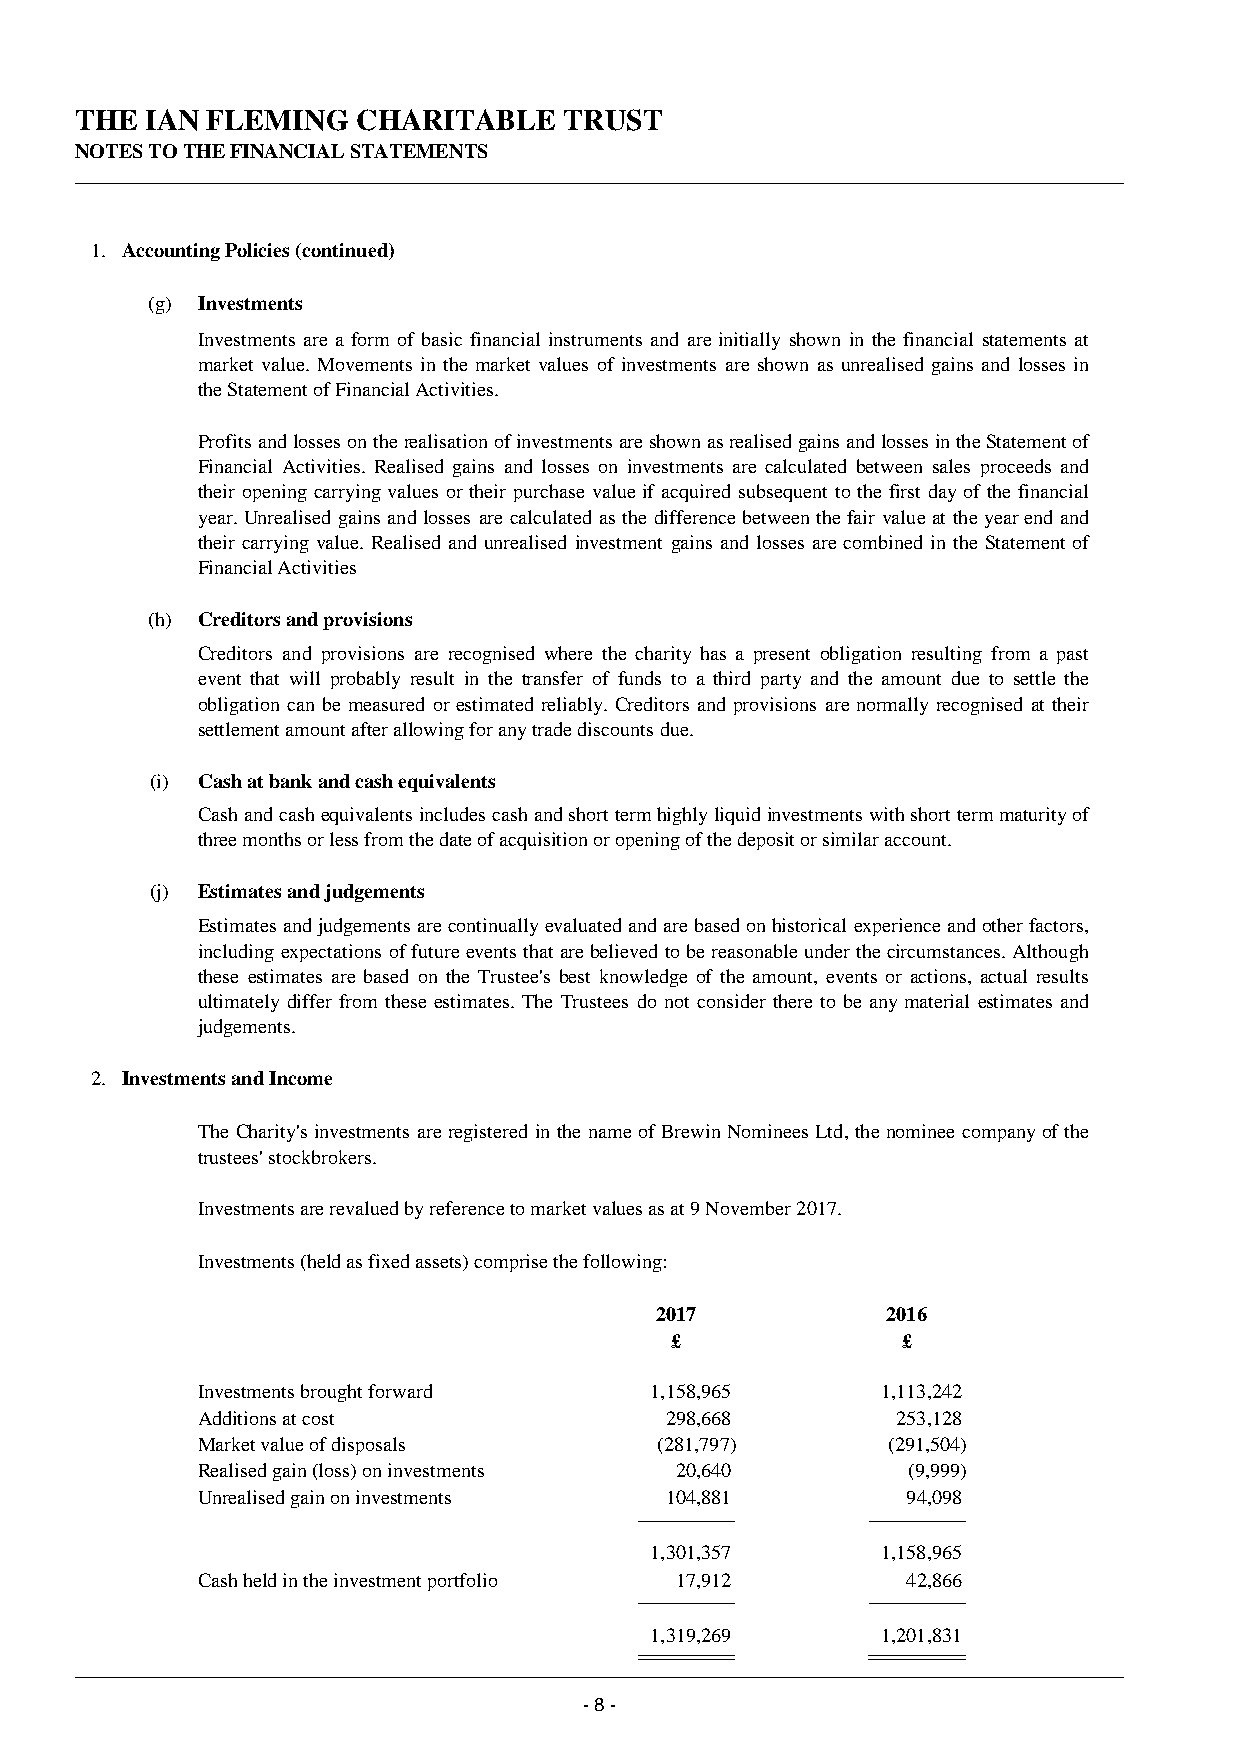
THE  IAN FLEMING   CHARITABLE   TRUST
 NOTES TO THE FINANCIAL STATEMENTS
 1. Accounting Policies (continued)
 (g) Investments
 Investments are a form of basic financial instruments and are initially shown in the financial statements at
 market value. Movements in the market values of investments are shown as unrealised gains and losses in
 the Statement of Financial Activities.
 Profits and losses on the realisation of investments are shown as realised gains and losses in the Statement of
 Financial Activities. Realised gains and losses on investments are calculated between sales proceeds and
 their opening carrying values or their purchase value if acquired subsequent to the first day of the financial
 year. Unrealised gains and losses are calculated as the difference between the fair value at the year end and
 their carrying value. Realised and unrealised investment gains and losses are combined in the Statement of
 Financial Activities
 (h) Creditors and provisions
 Creditors and provisions are recognised where the charity has a present obligation resulting from a past
 event that will probably result in the transfer of funds to a third party and the amount due to settle the
 obligation can be measured or estimated reliably. Creditors and provisions are normally recognised at their
 settlement amount after allowing for any trade discounts due.
 (i) Cash at bank and cash equivalents
 Cash and cash equivalents includes cash and short term highly liquid investments with short term maturity of
 three months or less from the date of acquisition or opening of the deposit or similar account.
 (j) Estimates and judgements
 Estimates and judgements are continually evaluated and are based on historical experience and other factors,
 including expectations of future events that are believed to be reasonable under the circumstances. Although
 these estimates are based on the Trustee's best knowledge of the amount, events or actions, actual results
 ultimately differ from these estimates. The Trustees do not consider there to be any material estimates and
 judgements.
 2. Investments and Income
 The Charity's investments are registered in the name of Brewin Nominees Ltd, the nominee company of the
 trustees' stockbrokers.
 Investments are revalued by reference to market values as at 9 November 2017.
 Investments (held as fixed assets) comprise the following:
 2017            2016
 £               £
 Investments brought forward   1,158,965      1,113,242
 Additions at cost              298,668        253,128
 Market value of disposals     (281,797)       (291,504)
 Realised gain (loss) on investments 20,640     (9,999)
 Unrealised gain on investments 104,881         94,098
 1,301,357      1,158,965
 Cash held in the investment portfolio 17,912   42,866
 1,319,269      1,201,831
 - 8 -